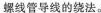
螺线管导线的绕法。